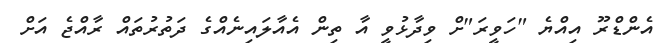
އެންޑްރޫ އިއްޔެ "ހަވީރަ"ށް ވިދާޅުވީ އާ ތިން އެއާލައިނެއްގެ ދަތުރުތައް ރާއްޖެ އަށް